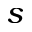
s